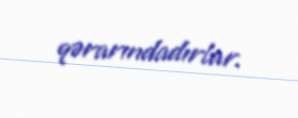
qərarındadırlar.